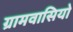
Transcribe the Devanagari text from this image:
ग्रामवासियो